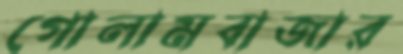
গোলামবাজার